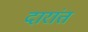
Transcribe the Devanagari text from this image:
दारांत